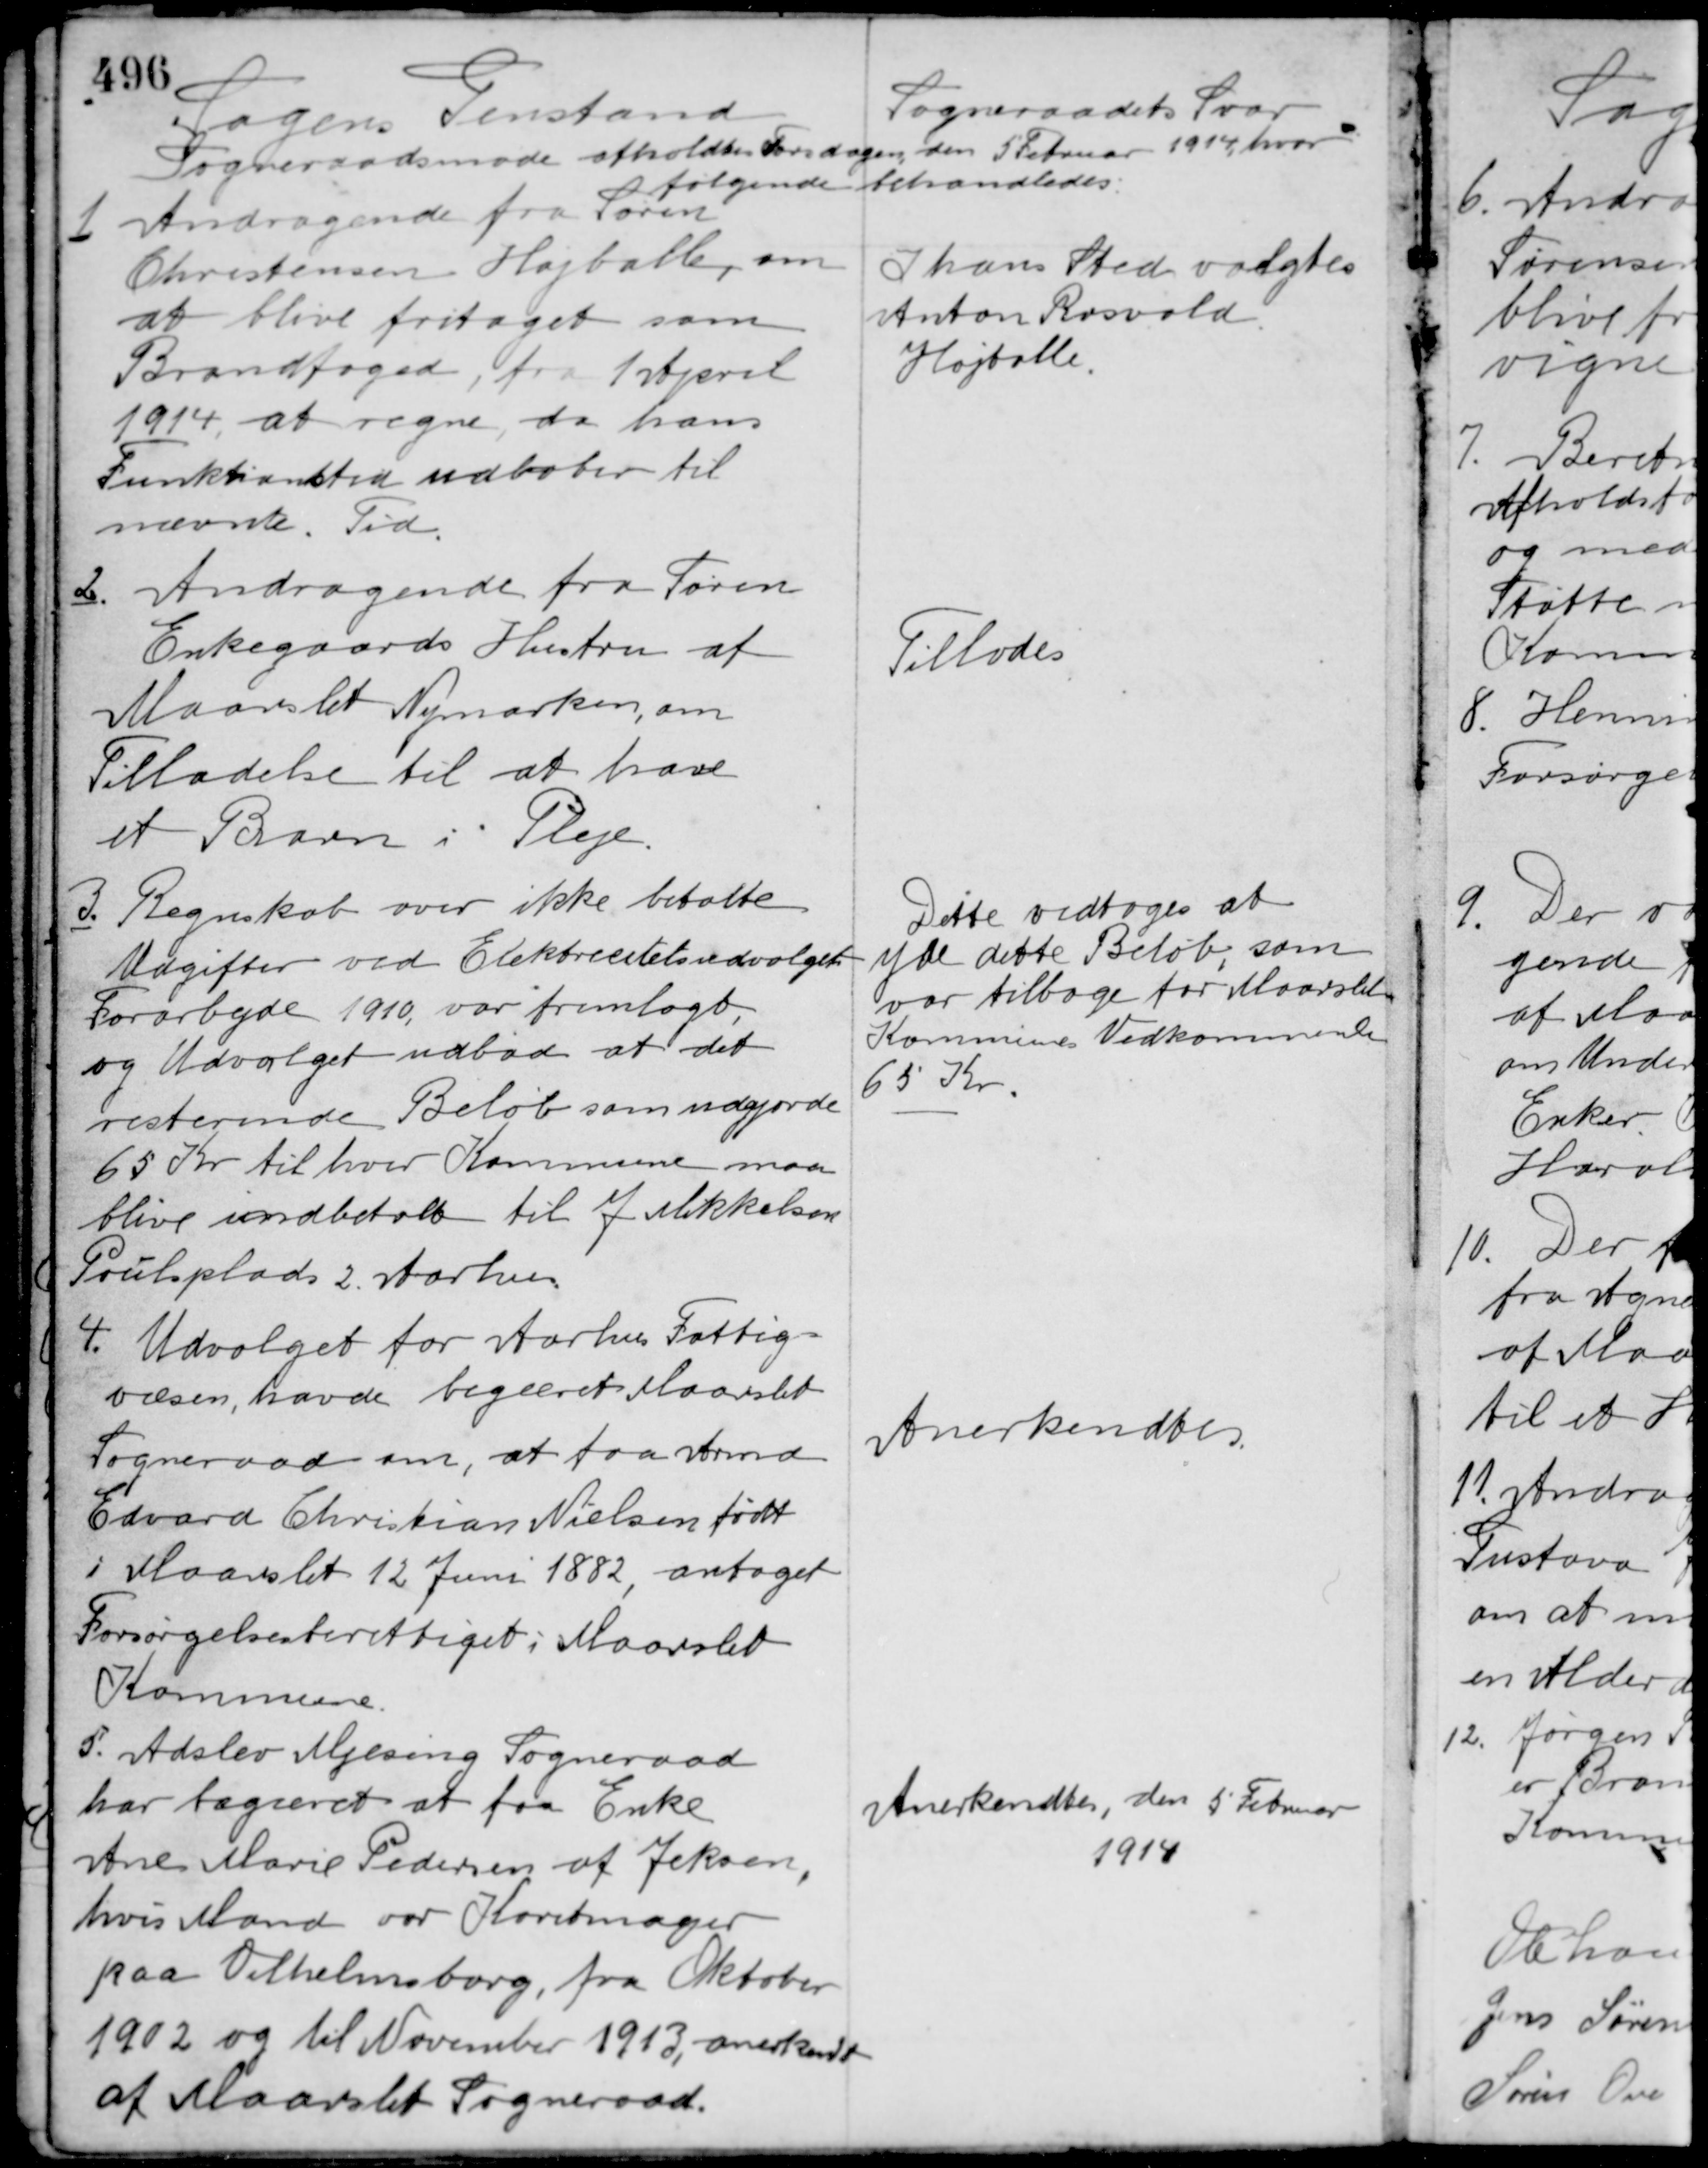
Transskription:
Sagens Genstand

Sogneraadets Svar

Sogneraadsmøde afholdtes Torsdagen den 5 Februar 1914 hvor
følgende behandledes:

1. Andragende fra Søren
Christensen Højballe, om
at blive fritaget som
Brandfoged, fra 1 April
1914, at regne, da hans
Funktionstid udløber til
nævnte. Tid.

I hans Sted valgtes
Anton Rosvold
Højballe.

2. Andragende fra Søren
Enkegaards Hustru af
Maarslet Nymarken, om
Tilladelse til at have
et Barn i Pleje.

Tillodes

3. Regnskab over ikke betalte
Udgifter ved Elektricitetsudvalget
Forarbejde 1910, var fremlagt,
og Udvalget udbad at det
resterende Beløb som udgjorde
65 Kr. til hver Kommune maa
blive indbetalt til J. Mikkelsen
Poulsplads 2. Aarhus.

Dette vedtoges at
yde dette Beløb, som
var tilbage for Maarslet
Kommunes Vedkommende
65 Kr.

4. Udvalget for Aarhus Fattig-
væsen, havde begæret Maarslet
Sogneraad om, at faa strmd
Edvard Christian Nielsen født
i Maarslet 12 Juni 1882, antaget
Forsørgelsesberettiget i Maarslet
Kommune.

Anerkendtes

5. Adslev Mjesing Sogneraad
har begæret at faa Enke
Ane Marie Pedersen af Jeksen,
hvis Mand var Karetmager
paa Vilhelmsborg, fra Oktober
1902 og til November 1913, anerkendt
af Maarslet Sogneraad.

Anerkendtes, den 5 Februar
1914